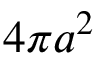
4 \pi a ^ { 2 }